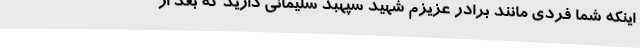
اینکه شما فردی مانند برادر عزیزم شهید سپهبد سلیمانی دارید که بعد از